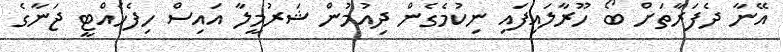
އޭނާ ދެފަރާތަށް ބޯ ހޫރާލައިފައި ނިކުމެގެން ދިއުމުން ޝަރުމީލާ އައިސް ހިފެހެއްޓީ ޖަނާގެ